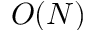
O ( N )